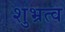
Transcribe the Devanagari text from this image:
शुभ्रत्व